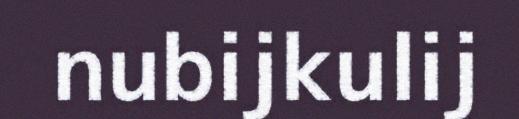
nubijkulij